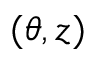
( \theta , z )